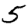
Digit: 5